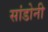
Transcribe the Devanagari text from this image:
सांडोनी